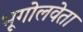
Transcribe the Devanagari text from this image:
भूगोलवेता